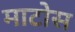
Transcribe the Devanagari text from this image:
माटोस